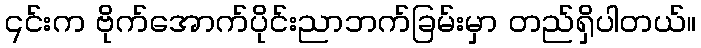
၎င်းက ဗိုက်အောက်ပိုင်းညာဘက်ခြမ်းမှာ တည်ရှိပါတယ်။